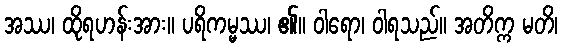
အဿ၊ ထိုရဟန်းအား။ ပရိကမ္မဿ၊ ၏။ ဝါရော၊ ဝါရသည်။ အတိက္က မတိ၊